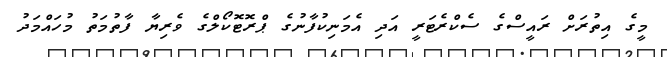
މީގެ އިތުރަށް ރައީސްގެ ސެކްރެޓަރީ އަދި އެމަނިކުފާނުގެ ޕްރޮޓޮކޯލްގެ ވެރިޔާ ފާތުމަތު މުހައްމަދު